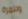
وللمرة